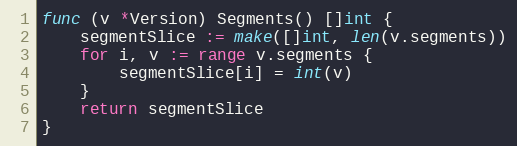
Language: Go
func (v *Version) Segments() []int {
	segmentSlice := make([]int, len(v.segments))
	for i, v := range v.segments {
		segmentSlice[i] = int(v)
	}
	return segmentSlice
}